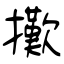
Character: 擹